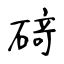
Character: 𥔎